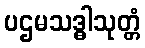
ပဌမသဒ္ဓါသုတ္တံ